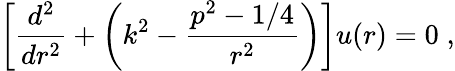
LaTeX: \left[\frac{d^{2}}{dr^{2}}+\left(k^{2}-\frac{p^{2}-1/4}{r^{2}}\right)\right]u(r)=0\; ,